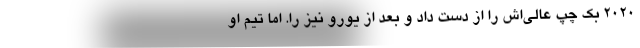
2020 بک چپ عالی‌اش را از دست داد و بعد از یورو نیز را. اما تیم او